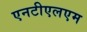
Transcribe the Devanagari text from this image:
एनटीएलएम